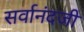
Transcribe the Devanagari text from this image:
सर्वानंदजी